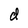
Character: d